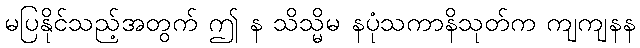
မပြနိုင်သည့်အတွက် ဤ န သိသ္မိမ နပုံသကာနိသုတ်က ကျကျနန